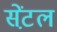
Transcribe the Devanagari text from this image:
सेंट़ल